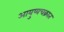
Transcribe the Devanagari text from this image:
आयुष्यचक्रात